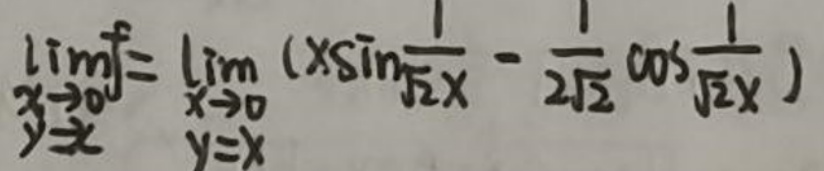
$\lim _ { y \rightarrow 0 } \lim _ { x \rightarrow 0 } \frac { 1 } { x } = \lim _ { x \rightarrow 0 } ( x \sin \frac { 1 } { \sqrt { 2 } x } - \frac { 1 } { 2 \sqrt { 2 } } \cos \frac { 1 } { \sqrt { 2 } x } )$